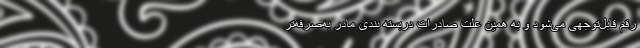
رقم قابل‌توجهی می‌شود و به همین علت صادرات دربسته بندی مادر به‌صرفه‌تر